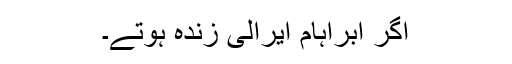
اگر ابراہام ایرالی زندہ ہوتے۔